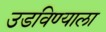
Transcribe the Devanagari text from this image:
उडविण्याला